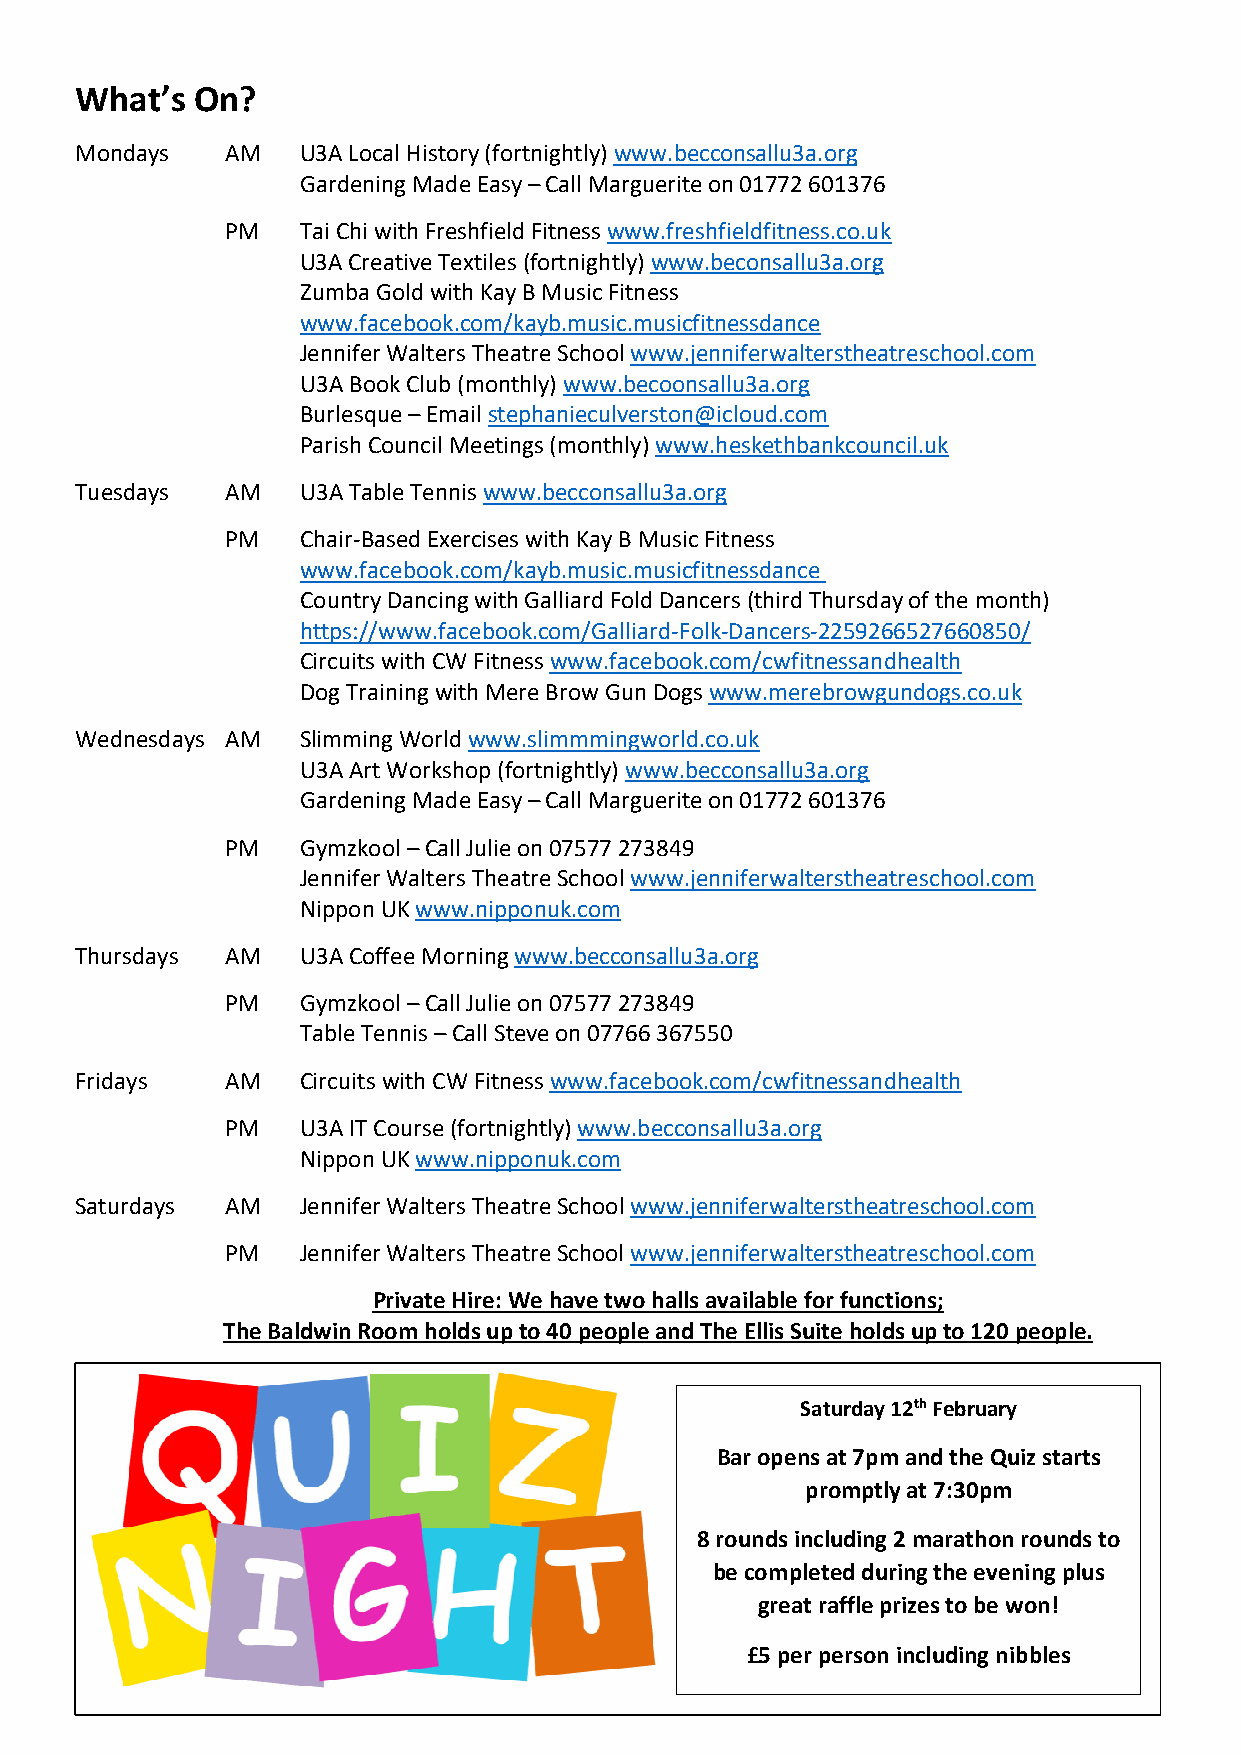
What’s  On?
 Mondays   AM   U3A Local History (fortnightly) www.becconsallu3a.org
 Gardening Made Easy – Call Marguerite on 01772 601376
 PM   Tai Chi with Freshfield Fitness www.freshfieldfitness.co.uk
 U3A Creative Textiles (fortnightly) www.beconsallu3a.org
 Zumba Gold with Kay B Music Fitness
 www.facebook.com/kayb.music.musicfitnessdance
 Jennifer Walters Theatre School www.jenniferwalterstheatreschool.com
 U3A Book Club (monthly) www.becoonsallu3a.org
 Burlesque – Email stephanieculverston@icloud.com
 Parish Council Meetings (monthly) www.heskethbankcouncil.uk
 Tuesdays  AM   U3A Table Tennis www.becconsallu3a.org
 PM   Chair-Based Exercises with Kay B Music Fitness
 www.facebook.com/kayb.music.musicfitnessdance
 Country Dancing with Galliard Fold Dancers (third Thursday of the month)
 https://www.facebook.com/Galliard-Folk-Dancers-2259266527660850/
 Circuits with CW Fitness www.facebook.com/cwfitnessandhealth
 Dog Training with Mere Brow Gun Dogs www.merebrowgundogs.co.uk
 Wednesdays AM  Slimming World www.slimmmingworld.co.uk
 U3A Art Workshop (fortnightly) www.becconsallu3a.org
 Gardening Made Easy – Call Marguerite on 01772 601376
 PM   Gymzkool – Call Julie on 07577 273849
 Jennifer Walters Theatre School www.jenniferwalterstheatreschool.com
 Nippon UK www.nipponuk.com
 Thursdays AM   U3A Coffee Morning www.becconsallu3a.org
 PM   Gymzkool – Call Julie on 07577 273849
 Table Tennis – Call Steve on 07766 367550
 Fridays   AM   Circuits with CW Fitness www.facebook.com/cwfitnessandhealth
 PM   U3A IT Course (fortnightly) www.becconsallu3a.org
 Nippon UK www.nipponuk.com
 Saturdays AM   Jennifer Walters Theatre School www.jenniferwalterstheatreschool.com
 PM   Jennifer Walters Theatre School www.jenniferwalterstheatreschool.com
 Private Hire: We have two halls available for functions;
 The Baldwin Room holds up to 40 people and The Ellis Suite holds up to 120 people.
 Saturday 12th February
 Bar opens at 7pm and the Quiz starts
 promptly at 7:30pm
 8 rounds including 2 marathon rounds to
 be completed during the evening plus
 great raffle prizes to be won!
 £5 per person including nibbles